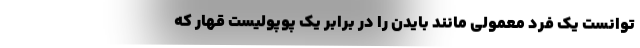
توانست یک فرد معمولی مانند بایدن را در برابر یک پوپولیست قهار که